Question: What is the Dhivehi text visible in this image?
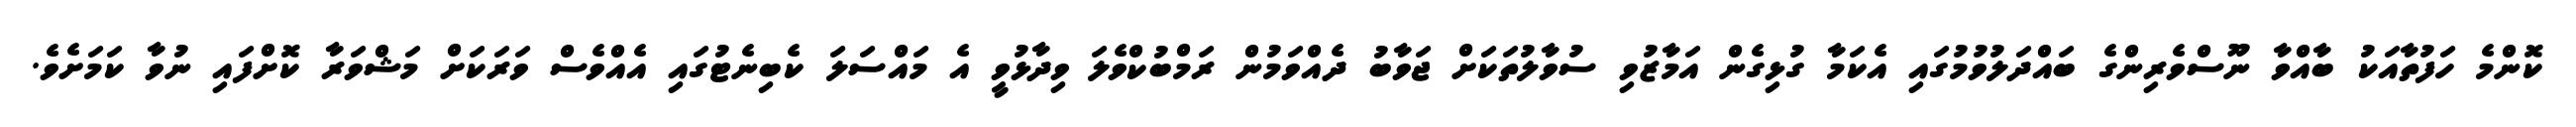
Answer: ކޮންމެ ހަފުތާއަކު ބާއްވާ ނޫސްވެރިންގެ ބައްދަލުވުމުގައި އެކަމާ ގުޅިގެން އަމާޒުވި ސުވާލުތަކަށް ޖަވާބު ދެއްވަމުން ރަމްބުކްވެލަ ވިދާޅުވީ އެ މައްސަލަ ކެބިނެޓުގައި އެއްވެސް ވަރަކަށް މަޝްވަރާ ކޮށްފައި ނުވާ ކަމަށެވެ.